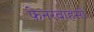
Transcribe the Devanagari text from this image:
फ़ेनरबाहसी